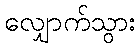
လျှောက်သွား